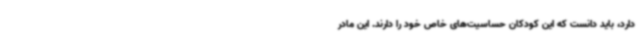
دارد، باید دانست که این کودکان حساسیت‌های خاص خود را دارند. این مادر